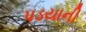
પડયાની